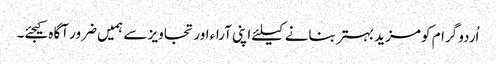
اُردو گرام کو مزید بہتر بنانے کیلئے اپنی آراء اور تجاویز سے ہمیں ضرور آگاہ کیجئے۔